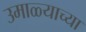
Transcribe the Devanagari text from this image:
उमाळ्याच्या